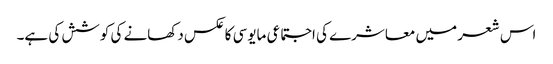
اس شعر میں معاشرے کی اجتماعی مایوسی کا عکس دکھانے کی کوشش کی ہے۔